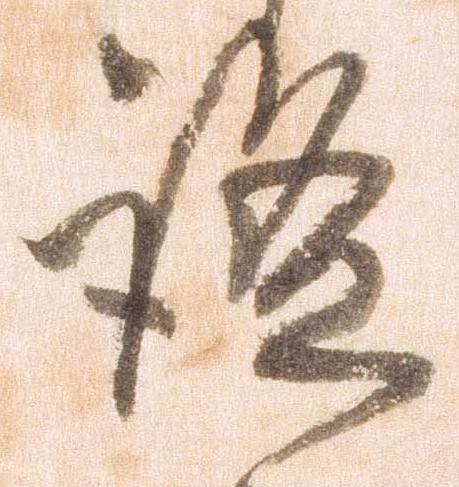
謐